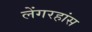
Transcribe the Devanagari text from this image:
लेंगरहांस